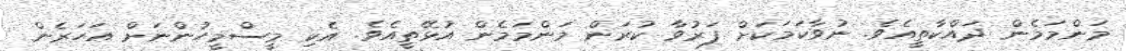
މަންމަމެން ދައްކާތީއެވެ. ނުވާކަމަކަށް ފަރުވާ ކުރަން މަންމަމެން އުޅޭތީއެވެ. އެކި މީސްމީހުންނަށް އަހަރެން